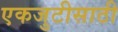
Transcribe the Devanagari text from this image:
एकजुटीसाठी